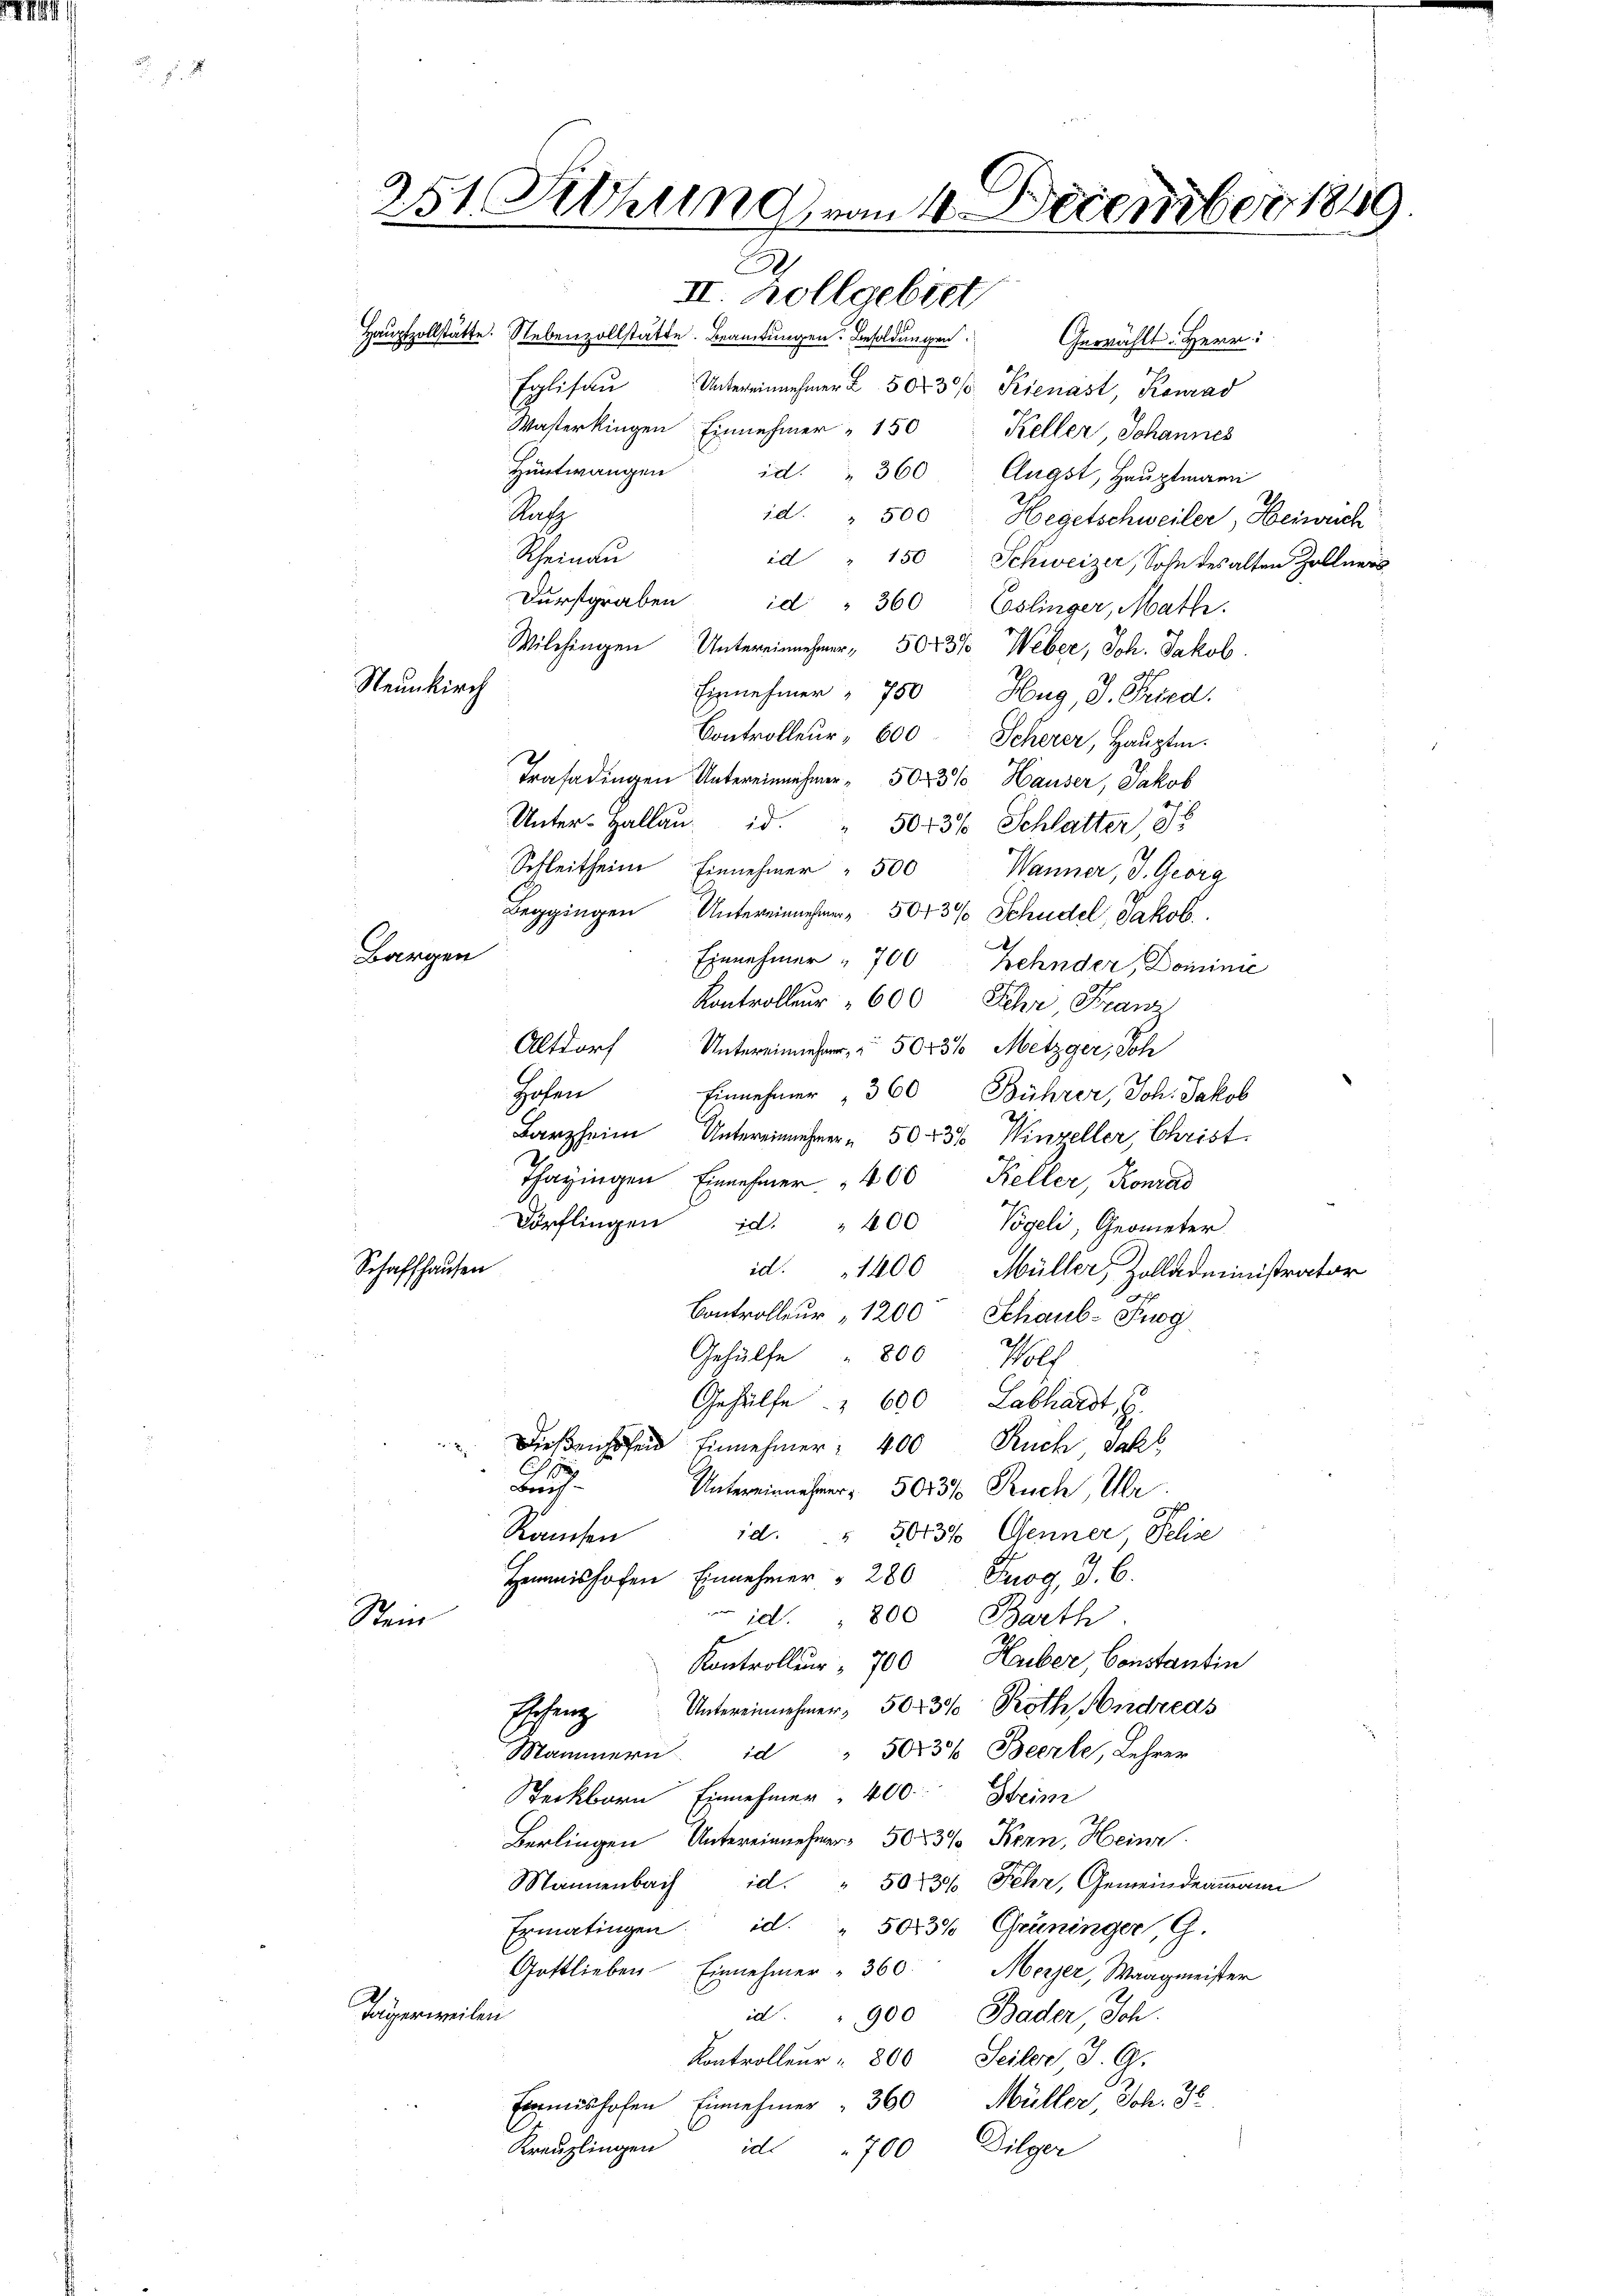
251 Rthung vom 1. December 1849
.
e
II. Zollgebiet,
Hauptzollstätte. Nebenzollstätte. Beamtungen. Besoldungen Gewählt: Herr
Eglisau Untereinnehmer u. 502 30% Kienast, Konrad

Neunkirch

Bargen

Wasterkingen Einnehmer 150
Keller, Johannes
Hüntwangen
id. " 360 Eugst, Hauptmann
Rat
id. " 500 Hegetschweiler, Heinrich
Rheinau
id " 150 Schweizer, Sohn des alten Zollners
Durstgraben id " 360 Eoslinger, Math.
Wilchingen Untereinnehmer, 5043% Weber, Joh. Jakob
Einnehmer " 750 Hug, J. Fried.
Controlleur 600 Scherer, Hauptm.
Trasadingen Untereinnehmer " 503% Hauser, Jakob
Unter-Hallau. d. " 5043% Schlatter,
Schleitheim Einnehmer. 500 Wanner, J. Georg
Beggingen Untereinnehmen 5043%% Schudel, Jakob.
Einnehmer " 700 Zehnder, Dominie
Kontroller " 600 Sehr Franz
Altdorf
Untereinnehmer, 5043% Metzger, Soh
Hohen
Einnehmer " 360 Bührer, Joh. Jakob
Barzheim Untereinnehmer 50 f 36 Winzeller, Christ.
Thagingen Einnehmer. 400 Keller, Konrad
Dörflingen d. " 400 Vögeli, Geometer
Schaffhausen
id. 1400 Müller, Zolladministrator
Controller " 1200 Schaub- Prog
2.
Gehülfe " 800
Wolf
Gehülfe. " 600 Labhardt, G.
Dießenhofen Einnehmer 400 Ruch, Sahl

h
Brif¬
Untereinnehmer, 5013% Puch, Ulr
7
Rauchen
id. " 5043% Genner, Pelise
Hemmnishofen Einnehmer " 280 Szog, d. 6.
id. " 800 Barth.
Sten
Kontrollen 700 Haber, Constantin
Ehren Untereinnehmer, 5043% Pröth Andreas
Mammern id " 5083% Beerle, Lehrer
Steckborn Einnehmen, 400 Stein
Berlingen Untereinnehmer 50 x 3% Kern, Heinr.
Mannenbach id. " 503 % Fehr, Gemeindeammann
Ermatingen id. " 5013% Grüninger, G.
Gottlieben Einnehmer " 360.
Merzer, Waagmeister
Tägerweilen
id " 900 Bader, Sch
Kontrolleur " 800 Seiler J. G.
Einmishofen Einnehmer " 360 Müller, Joh. 36
Pilger
Kreuzlingen id 700